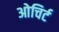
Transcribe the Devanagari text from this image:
ओचिर्ट